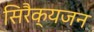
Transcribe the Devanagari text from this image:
सिरैक्यजन